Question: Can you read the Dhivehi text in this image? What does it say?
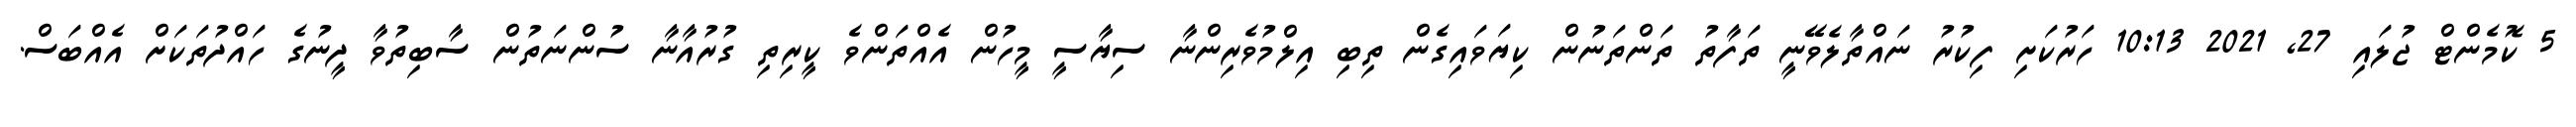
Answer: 5 ކޮމެންޓް ޖުލައި 27, 2021 10:13 ހަރުކަށި ފިކުރު ނައްތާލެވޭނީ ތަފާތު ތަންތަނުން ކިޔަވައިގެން ތިބި އިލްމުވެރިންނާ ސިޔާސީ މީހުން އެއްތަންވެ ކީރިތި ގުރުއާނާ ސުންނަތުން ސާބިތުވާ ދީނުގެ ހައްދުތަކަށް އެއްބަސް.